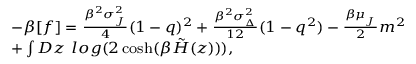
{ \footnotesize \begin{array} { r l } & { - \beta [ f ] = \frac { \beta ^ { 2 } \sigma _ { _ { J } } ^ { 2 } } { 4 } ( 1 - q ) ^ { 2 } + \frac { \beta ^ { 2 } \sigma _ { _ { \Delta } } ^ { 2 } } { 1 2 } ( 1 - q ^ { 2 } ) - \frac { \beta \mu _ { _ { J } } } { 2 } m ^ { 2 } } \\ & { + \int D z \ l o g ( 2 \cosh ( \beta \tilde { H } ( z ) ) ) , } \end{array} }